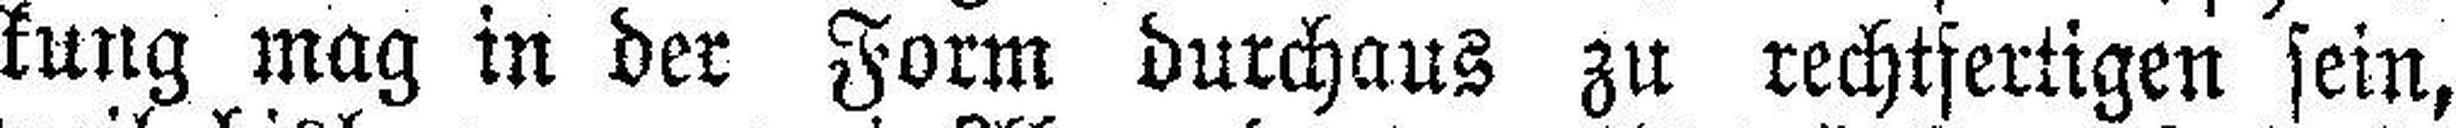
kung mag in der Form durchaus zu rechtfertigen sein,